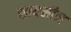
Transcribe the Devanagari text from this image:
सायमीन